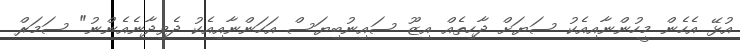
އުޅޭ އެހެން މީހުންނާއިއެކު ސަޔަށް ދާހިތެއް އިޒޫ ސައިނުބިޔަސް އަހަންނާއިއެކު ދެވިދާނެއެންނު" ސަމަރް